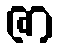
ဇာ